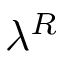
\lambda ^ { R }